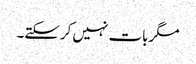
مگربات نہیں کرسکتے۔